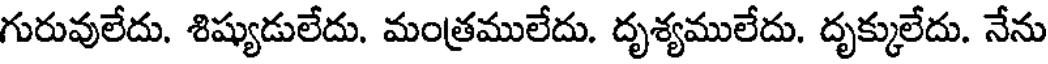
గురువులేదు. శిష్యుడులేదు. మంత్రములేదు. దృశ్యములేదు. దృక్కులేదు. నేను